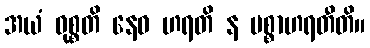
အယံ ဝုစ္စတိ နေဝ ဟရတိ န ပစ္စာဟရတီတိ။